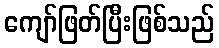
ကျော်ဖြတ်ပြီးဖြစ်သည်